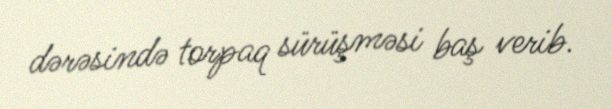
dərəsində torpaq sürüşməsi baş verib.